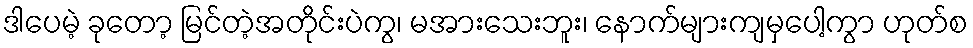
ဒါပေမဲ့ ခုတော့ မြင်တဲ့အတိုင်းပဲကွ၊ မအားသေးဘူး၊ နောက်များကျမှပေါ့ကွာ ဟုတ်စ